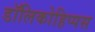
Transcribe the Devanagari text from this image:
डॉलिकोहिप्पस